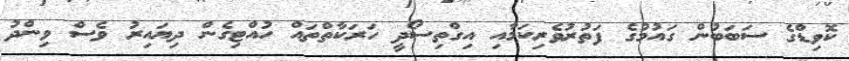
ކޮވިޑްގެ ސަބަބުން ގައުމުގެ ފަތުރުވެރިކަމާއި އިގްތިސޯދީ ހަރަކާތްތައް ހުއްޓިގެން ދިޔައިރު ވެސް ވިންދު